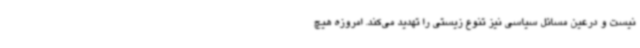
نیست و درعین مسائل سیاسی نیز تنوع زیستی را تهدید می‌کند. امروزه هیچ